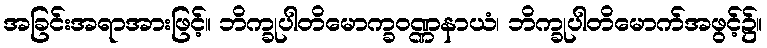
အခြင်းအရာအားဖြင့်။ ဘိက္ခုပါတိမောက္ခဝဏ္ဏနာယံ၊ ဘိက္ခုပါတိမောက်အဖွင့်၌။